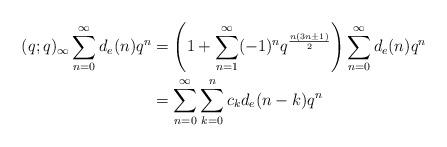
LaTeX: \begin{align*}(q;q)_{\infty}\sum\limits_{n = 0}^{\infty}d_{e}(n)q^{n} & = \left( 1 + \sum\limits_{n = 1}^{\infty}(-1)^{n}q^{\frac{n(3n \pm 1)}{2}} \right)\sum\limits_{n = 0}^{\infty}d_{e}(n)q^{n} \\& = \sum_{n = 0}^{\infty}\sum_{k = 0}^{n}c_{k}d_{e}(n-k)q^{n}\end{align*}